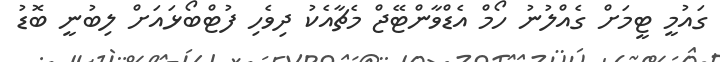
ގައުމީ ޓީމަށް ގެއްލުނު ހޯމް އެޑްވާންޓޭޖް މެޗާއެކު ދިވެހި ފުޓްބޯޅައަށް ލިބުނީ ބޮޑު